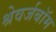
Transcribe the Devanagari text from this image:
श्रेवर्जबॉम